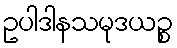
ဥပါဒါနသမုဒယဉ္စ